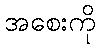
အစေးကို